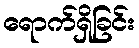
ရောက်ရှိခြင်း